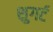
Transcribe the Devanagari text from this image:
शुगर्ट